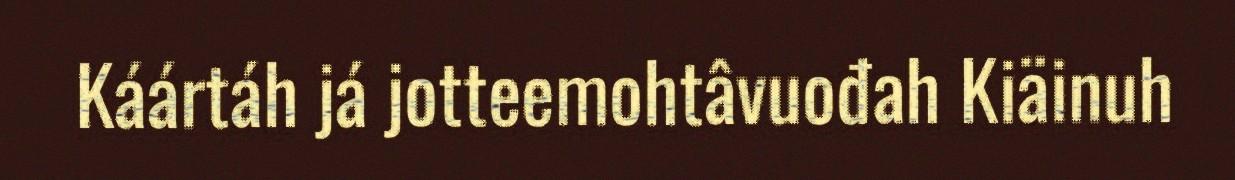
Káártáh já jotteemohtâvuođah Kiäinuh